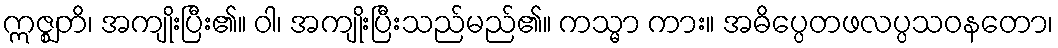
ဣဇ္ဈတိ၊ အကျိုးပြီး၏။ ဝါ၊ အကျိုးပြီးသည်မည်၏။ ကသ္မာ ကား။ အဓိပ္ပေတဖလပ္ပသဝနတော၊